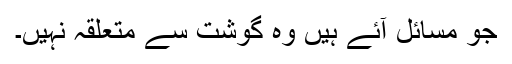
جو مسائل آئے ہیں وہ گوشت سے متعلقہ نہیں۔